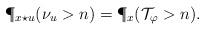
LaTeX: \begin{align*}\P_{x\star u}(\nu_u > n) = \P_x({\cal T}_\varphi > n). \end{align*}